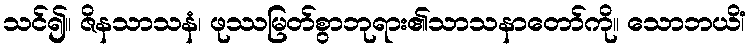
သင်၍။ ဇိနသာသနံ၊ ဖုဿမြတ်စွာဘုရား၏သာသနာတော်ကို။ သောဘယိံ၊